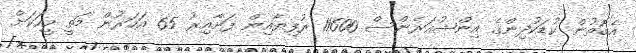
އެގޮތުން ކުޑަކުދިންގެ އިންޝުއަރެންސް 11600 ރުފިޔާއިން ފަށާއިރު 65 އަހަރުން މަތީ މީހަކަށް